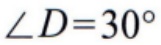
$\angle D = 30^{\circ}$